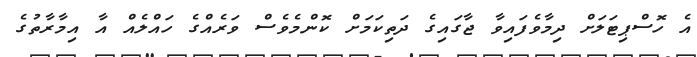
އެ ހޮސްޕިޓަލަށް ދިމާވެފައިވާ ޖާގައިގެ ދަތިކަމަށް ކޮންމެވެސް ވަރެއްގެ ހައްލެއް އާ އިމާރާތުގެ